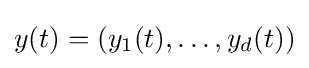
y(t)=(y_{1}(t),\dotsc ,y_{d}(t))